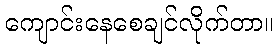
ကျောင်းနေစေချင်လိုက်တာ။